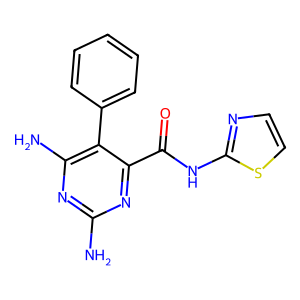
SMILES: Nc1nc(N)c(-c2ccccc2)c(C(=O)Nc2nccs2)n1
Inhibits HIV replication: No